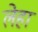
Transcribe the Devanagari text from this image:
लेहा